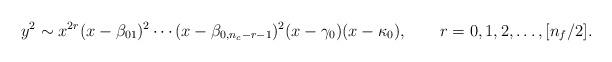
LaTeX: \begin{align*}y^2\sim x^{2r} (x-\beta_{0 1})^{2} \cdots (x-\beta_{0, n_{c}-r-1})^{2} (x-\gamma_0) (x-\kappa_0), \qquad r=0,1,2,\ldots, [n_f/2].\end{align*}